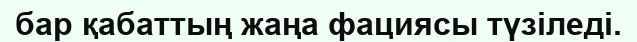
бар қабаттың жаңа фациясы түзіледі.